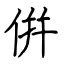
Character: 倂